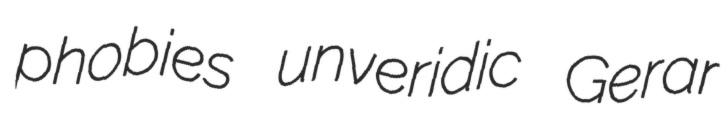
phobies unveridic Gerar